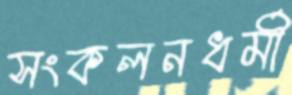
সংকলনধর্মী